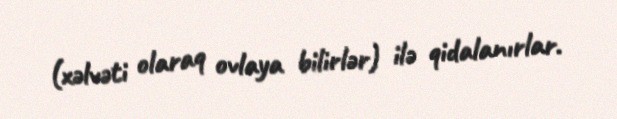
(xəlvəti olaraq ovlaya bilirlər) ilə qidalanırlar.